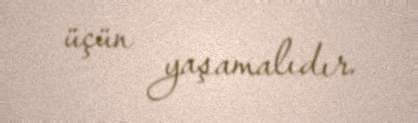
üçün yaşamalıdır.